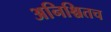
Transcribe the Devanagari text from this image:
अनिश्चितच